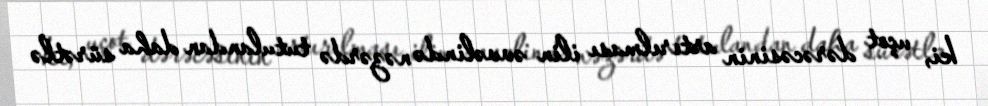
ki, uçot dərəcəsinin artırılması ilin əvvəlində nəzərdə tutulandan daha sürətlə